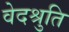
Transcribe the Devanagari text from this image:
वेदश्रुति